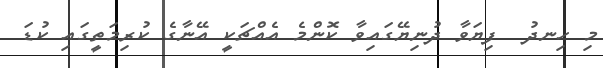
މި ހިނދު  ފިޔަވާ ދުނިޔޭގައިވާ ކޮންމެ އެއްޗަކީ އޭނާގެ ކުރިމަތީގައި ކުޑަ